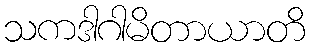
သကဒါဂါမိတာယာတိ